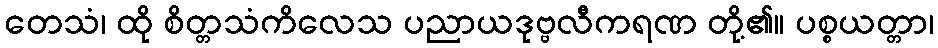
တေသံ၊ ထို စိတ္တသံကိလေသ ပညာယဒုဗ္ဗလီကရဏ တို့၏။ ပစ္စယတ္တာ၊